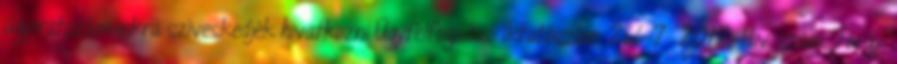
ügyiratszámunkra szíveskedjék hivatkozni Ügyfélfogadás: Iktatószám: 266-7 2012. Hiv. szám: Tárgy: